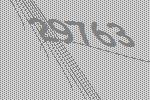
29763